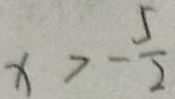
x > - \frac { 5 } { 2 }